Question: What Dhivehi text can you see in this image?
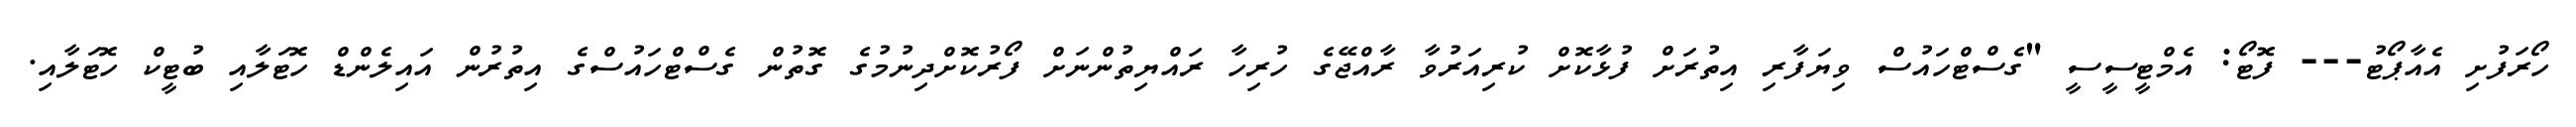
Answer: ހޯރަފުށި އެއާޕޯޓު--- ފޮޓޯ: އެމްޓީސީސީ "ގެސްޓްހައުސް ވިޔަފާރި އިތުރަށް ފުޅާކޮށް ކުރިއަރުވާ ރާއްޖޭގެ ހުރިހާ ރައްޔިތުންނަށް ފޯރުކޮށްދިނުމުގެ ގޮތުން ގެސްޓްހައުސްގެ އިތުރުން އައިލެންޑް ހޮޓަލާއި ބުޓީކް ހޮޓަލާއި.